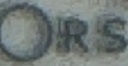
ORS